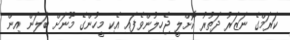
ކަރަމްގެ ނަޒަރު ދަތުރު ކޮށްލީ ޖެހިލުންވެފައި އެކި މީހުންގެ މޫނަށް ބަލަން އިން